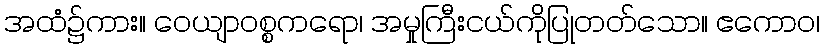
အထံ၌ကား။ ဝေယျာဝစ္စကရော၊ အမှုကြီးငယ်ကိုပြုတတ်သော။ ဧကောဝ၊